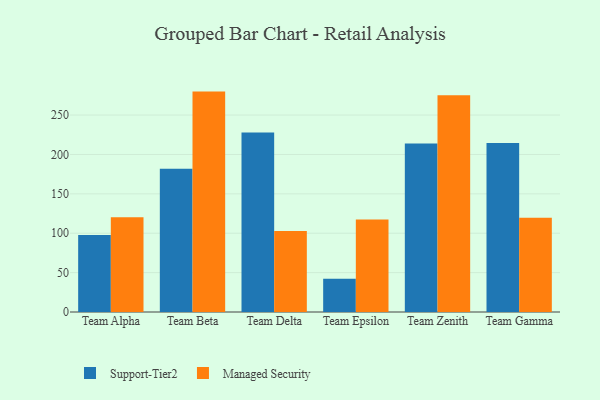
{"axis": {"x": "Team", "y": "Production Output"}, "legend": ["Managed Security", "Support-Tier2"], "data": [{"x": "Team Alpha", "y": 97.6, "type": "Support-Tier2"}, {"x": "Team Alpha", "y": 120.3, "type": "Managed Security"}, {"x": "Team Beta", "y": 181.8, "type": "Support-Tier2"}, {"x": "Team Beta", "y": 279.8, "type": "Managed Security"}, {"x": "Team Delta", "y": 228.0, "type": "Support-Tier2"}, {"x": "Team Delta", "y": 102.8, "type": "Managed Security"}, {"x": "Team Epsilon", "y": 42.1, "type": "Support-Tier2"}, {"x": "Team Epsilon", "y": 117.3, "type": "Managed Security"}, {"x": "Team Zenith", "y": 213.8, "type": "Support-Tier2"}, {"x": "Team Zenith", "y": 275.2, "type": "Managed Security"}, {"x": "Team Gamma", "y": 214.7, "type": "Support-Tier2"}, {"x": "Team Gamma", "y": 119.8, "type": "Managed Security"}]}